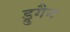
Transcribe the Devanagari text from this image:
ड्रुगैन